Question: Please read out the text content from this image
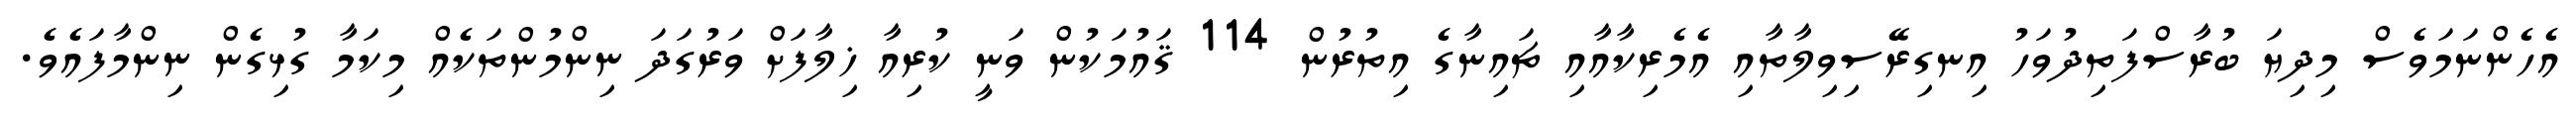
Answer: އެހެންނަމަވެސް މިދިޔަ ބުރާސްފަތިދުވަހު އިނގިރޭސިވިލާތާއި އެމެރިކާއާއި ޗައިނާގެ އިތުރުން 114 ޤައުމަކުން ވަނީ ކުރިއާ ޚިލާފަށް ވަރުގަދަ ނިންމުންތަކެއް މިކަމާ ގުޅިގެން ނިންމާފައެވެ.